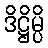
ဒိဋ္ဌိမ္ပိ